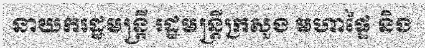
នាយករដ្ឋមន្ត្រី រដ្ឋមន្ត្រីក្រសួង មហាផ្ទៃ និង